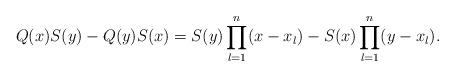
LaTeX: \begin{align*}{Q}(x){S}(y)-{Q}(y){S}(x)={S}(y)\prod_{l=1}^n(x-{x}_l)-{S}(x)\prod_{l=1}^n(y-{x}_l).\end{align*}